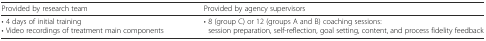
<table><thead><tr><td><b>Provided by research team</b></td><td><b>Provided by agency supervisors</b></td></tr></thead><tbody><tr><td>• 4 days of initial training• Video recordings of treatment main components</td><td>• 8 (group C) or 12 (groups A and B) coaching sessions: session preparation, self-reflection, goal setting, content, and process fidelity feedback</td></tr></tbody></table>